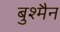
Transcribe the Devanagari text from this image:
बुश्मैन